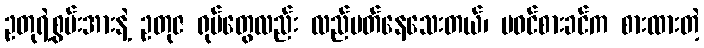
ဥတုရဲ့စွမ်းအားနဲ့ ဥတုဇ ရုပ်တွေလည်း လည်ပတ်နေသေးတယ်၊ မဝင်စားခင်က စားထားတဲ့